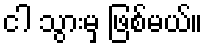
ငါ သွားမှ ဖြစ်မယ်။